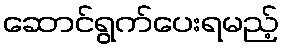
ဆောင်ရွက်ပေးရမည့်